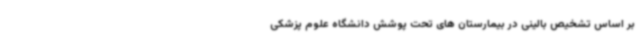
بر اساس تشخیص بالینی در بیمارستان های تحت پوشش دانشگاه علوم پزشکی